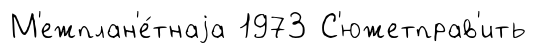
М'ежплан'е́тнаjа 1973 С'южетправ'ить